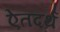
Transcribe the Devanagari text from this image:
ऐतदर्थ